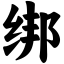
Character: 绑